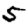
Digit: 5